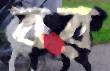
বর